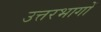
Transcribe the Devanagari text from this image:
उत्तरभागों